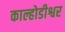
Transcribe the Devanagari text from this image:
काल्होडीश्वर